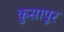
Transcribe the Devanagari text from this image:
कुसापूर